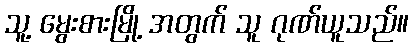
သူ့ မွေးစားမြို့ အတွက် သူ ဂုဏ်ယူသည်။